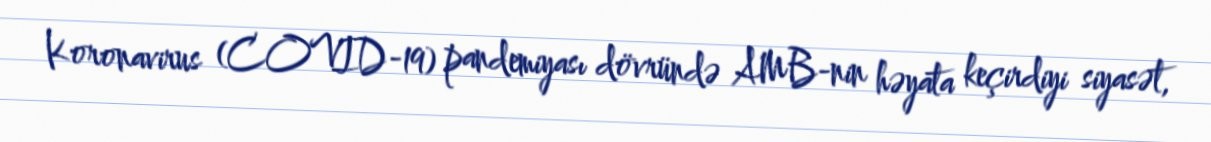
Koronavirus (COVID-19) pandemiyası dövründə AMB-nin həyata keçirdiyi siyasət,